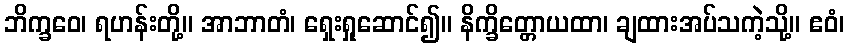
ဘိက္ခဝေ၊ ရဟန်းတို့။ အာဘာတံ၊ ရှေးရှုဆောင်၍။ နိက္ခိတ္တောယထာ၊ ချထားအပ်သကဲ့သို့။ ဧဝံ၊